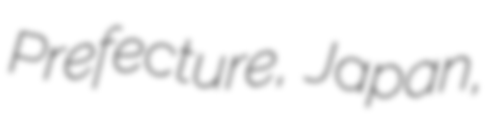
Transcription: Prefecture, Japan,